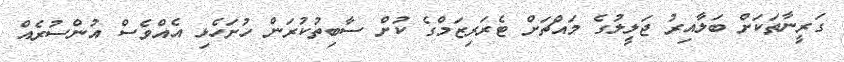
ގަރީނާތަކަށް ބަލާއިރު ޖަލީލުގެ މައްޗަށް ޓެރަރިޒަމްގެ ކުށް ސާބިތުކުރަން ހުށަހެޅި އެއްވެސް އުންސުރެއް